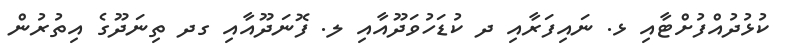
ކުޅުދުއްފުށްޓާއި ޅ. ނައިފަރާއި ދ ކުޑަހުވަދޫއާއި ލ. ފޮނަދޫއާއި ގދ ތިނަދޫގެ އިތުރުން